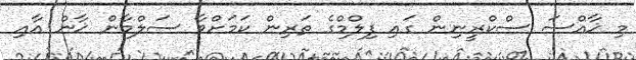
މި ޚާއްސަ ސްކްރީނިން ގައި ފިލްމްގެ ތަރިން ކަމަށްވާ ސަލްމާން ޚާން އާއި